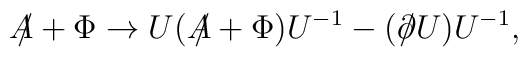
A\!\!\!/+\Phi \rightarrow U(A\!\!\!/+\Phi )U^{-1}-(\partial \!\!\!/U)U^{-1},